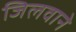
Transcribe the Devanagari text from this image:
जिलवाने